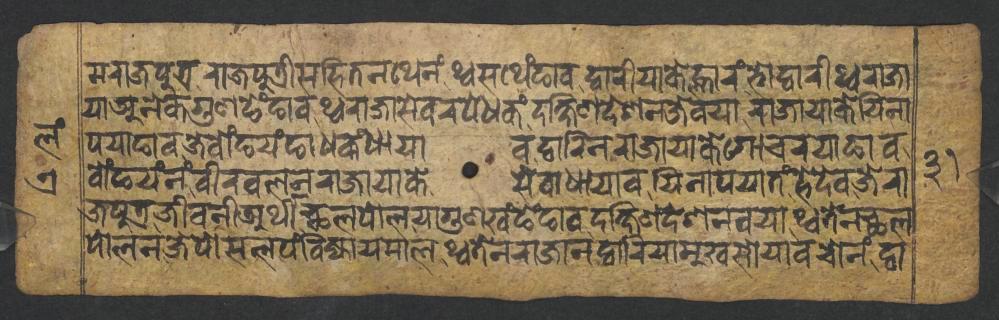
𑐩𑐬𑐵𑐖𑐥𑐸𑐟𑑂𑐬𑐬𑐵𑐖𑐥𑐸𑐟𑑂𑐬𑐷𑐳𑐴𑐶𑐟𑐣𑐠𑐾𑐣𑑄𑐠𑑂𑐰𑐳𑐠𑐾𑑄𑐒𑐵𑐰𑐡𑑂𑐰𑐵𑐬𑐷𑐫𑐵𑐎𑐾𑐮𑑂𑐴𑐵𑐬𑑄𑐨𑑀𑐡𑑂𑐰𑐵𑐬𑐷𑐠𑑂𑐰𑐬𑐵𑐖𑐵 𑐫𑐵𑐀𑐣𑐾𑐎𑐐𑐸𑐞𑐒𑐾𑑄𑐒𑐵𑐰𑐠𑑂𑐰𑐬𑐵𑐖𑐵𑐳𑐾𑐰𑐬𑐥𑐾𑐢𑐎𑑄𑐡𑐎𑑂𑐲𑐶𑐞𑐡𑐾𑐱𑐣𑐖𑐾𑐰𑐫𑐵𑐬𑐵𑐖𑐵𑐫𑐵𑐎𑐾𑐫𑐶𑐣𑐵 𑐥𑐫𑐵𑐒𑐵𑐰𑐖𑐾𑐧𑑀𑑄𑐒𑐫𑑄𑐒𑐵𑐢𑐎𑑄𑐢𑐵𑐫𑐵𑐰𑐡𑑂𑐰𑐵𑐬𑐶𑐣𑐬𑐵𑐖𑐵𑐫𑐵𑐎𑐾𑐐𑑀𑐔𑐬𑐫𑐵𑐒𑐵𑐰 𑐧𑑀𑑄𑐒𑐫𑑄𑐣𑑄𑐰𑐷𑐬𑐰𑐮𑐣𑐬𑐵𑐖𑐵𑐫𑐵𑐎𑐾𑐳𑐾𑐰𑐵𑐢𑐵𑐫𑐵𑐰𑐫𑐶𑐣𑐵𑐥𑐫𑐵𑐟𑑄𑐴𑐾𑐡𑐾𑐰𑐖𑐾𑐬𑐵 𑐖𑐥𑐸𑐟𑑂𑐬𑐖𑐷𑐰𑐣𑐷𑐀𑐬𑑂𑐠𑐷𑐕𑐮𑐥𑑀𑐮𑐫𑐵𑐐𑐸𑐞𑐏𑑄𑐒𑐾𑑄𑐒𑐵𑐰𑐡𑐎𑑂𑐲𑐶𑐞𑐡𑐾𑐱𑐣𑐰𑐫𑐵𑐠𑑂𑐰𑐟𑐾𑐣𑐕𑐮 𑐥𑑀𑐮𑐣𑐖𑐾𑐥𑑀𑐳𑐮𑐥𑑄𑐧𑐶𑐖𑑂𑐫𑐵𑐫𑐩𑐵𑐮𑐠𑑂𑐰𑐟𑐾𑐣𑐬𑐵𑐖𑐵𑐣𑐡𑑂𑐰𑐵𑐬𑐶𑐫𑐵𑐩𑐸𑐏𑐳𑑀𑐫𑐵𑐰𑐔𑑀𑐣𑑄𑐡𑑂𑐰𑐵